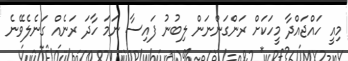
މިއީ ހައްޖައްދާ މީހަކަށް ރަންގަންނަން ލިބުނު ފައިސާ ނަމަ ހާދަ ރަނެއް ގަނެލެވޭނެ